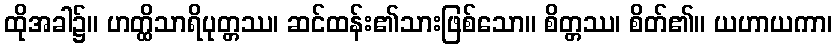
ထိုအခါ၌။ ဟတ္ထိသာရိပုတ္တဿ၊ ဆင်ထန်း၏သားဖြစ်သော။ စိတ္တဿ၊ စိတ်၏။ ယဟာယကာ၊